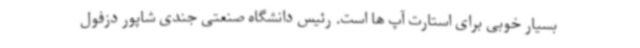
بسیار خوبی برای استارت آپ ها است. رئیس دانشگاه صنعتی جندی شاپور دزفول